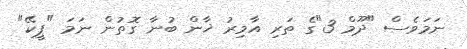
ނަމަވެސް "ދޫމް 3"ގެ ތަރި އާމިރު ޚާން ބުނާ ގޮތުން ނަމަ "ޕީކޭ"